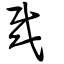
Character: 哉